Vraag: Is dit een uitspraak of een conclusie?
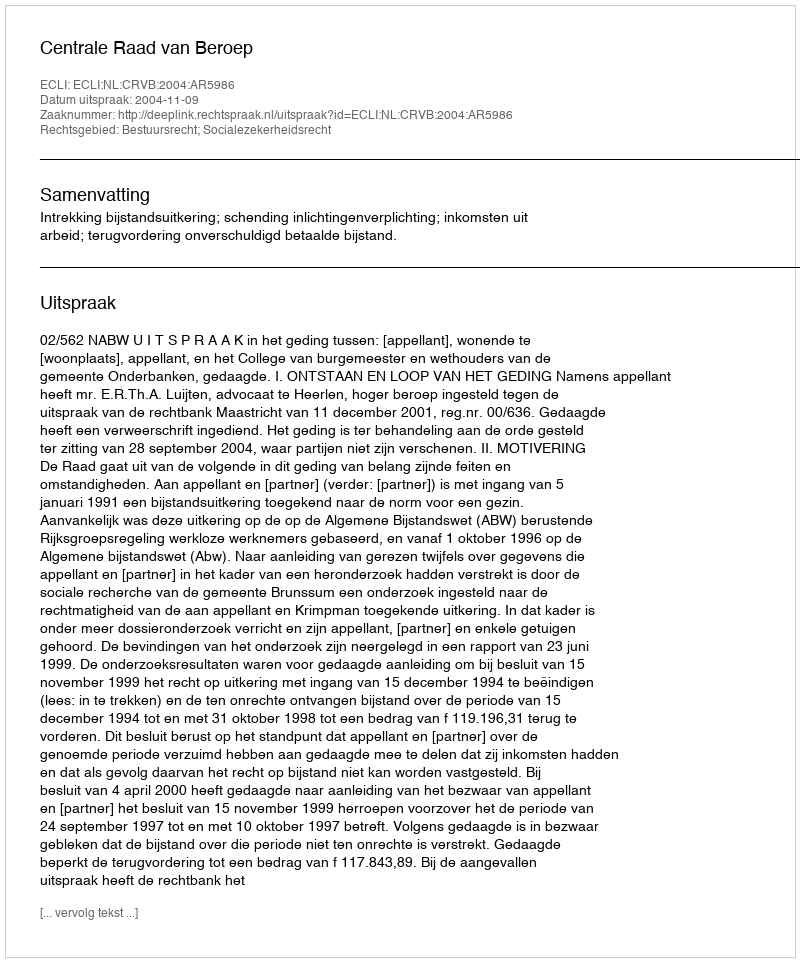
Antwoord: Uitspraak